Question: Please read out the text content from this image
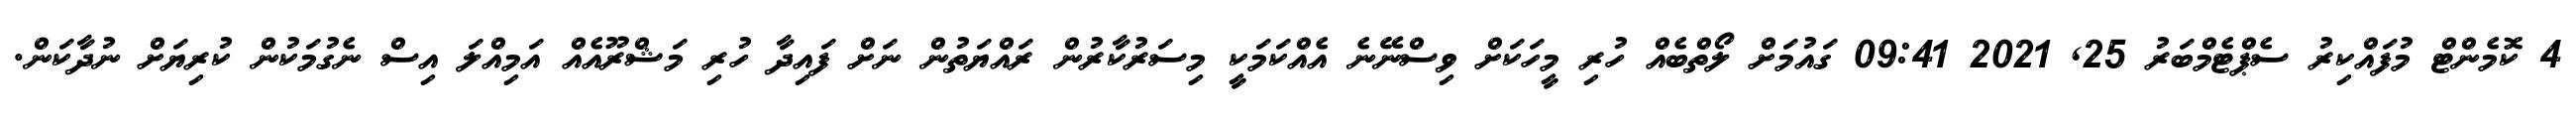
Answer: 4 ކޮމެންޓް މުފައްކިރު ސެޕްޓެމްބަރު 25, 2021 09:41 ގައުމަށް ލޯތްބެއް ހުރި މީހަކަށް ވިސްނޭނެ އެއްކަމަކީ މިސަރުކާރުން ރައްޔަތުން ނަށް ފައިދާ ހުރި މަޝްރޫއެއް އަމިއްލަ އިސް ނެގުމަކުން ކުރިޔަށް ނުދާކަން.